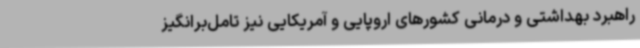
راهبرد بهداشتی و درمانی کشورهای اروپایی و آمریکایی نیز تامل‌برانگیز